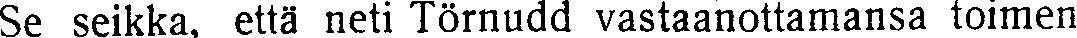
Se seikka, että neti Törnudd vastaanottamansa toimen